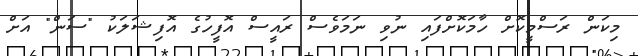
މިކަން ރަސްމީކޮށް ހާމަކޮށްފައި ނުވި ނަމަވެސް ރައީސް އޮފީހުގެ އޮފިޝަލަކު "ސަން" އަށް